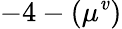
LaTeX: -4-(\mu^{\mathit{v}})